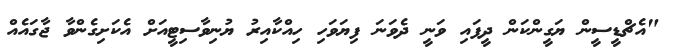
"އެޗްޑީސީން ޔަގީންކަން ދީފައި ވަނީ ދެވަނަ ފިޔަވަހި ހިއްކާއިރު ޔުނިވާސިޓީއަށް އެކަށިގެންވާ ޖާގައެއް